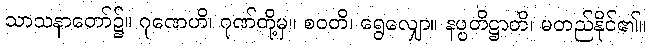
သာသနာတော်၌။ ဂုဏေဟိ၊ ဂုဏ်တို့မှ။ စဝတိ၊ ရွေလျှော။ နပ္ပတိဋ္ဌာတိ၊ မတည်နိုင်၏။